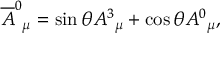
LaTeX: \overline { { { A } } } ^ { 0 } { } _ { \mu } = \sin { \theta } A ^ { 3 } { } _ { \mu } + \cos { \theta } A ^ { 0 } { } _ { \mu } ,